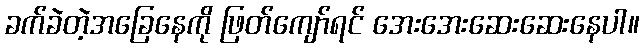
ခက်ခဲတဲ့အခြေနေကို ဖြတ်ကျော်ရင် အေးအေးဆေးဆေးနေပါ။